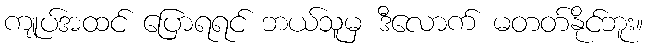
ကျုပ်အထင် ပြောရရင် ဘယ်သူမှ ဒီလောက် မတတ်နိုင်ဘူး။